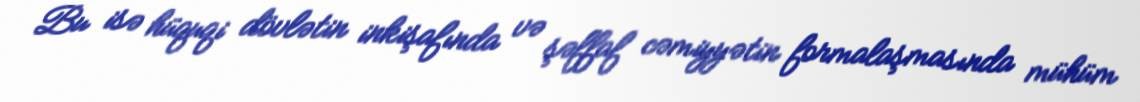
Bu isə hüquqi dövlətin inkişafında və şəffaf cəmiyyətin formalaşmasında mühüm